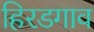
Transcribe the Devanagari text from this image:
हिरडगाव